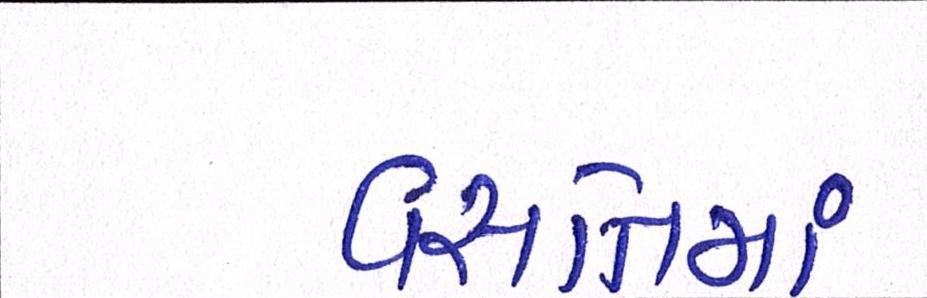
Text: વસતિમાં